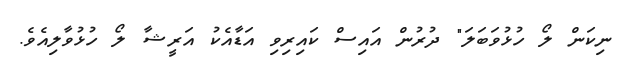
ނިކަން ލޯ ހުޅުވަބަލަ" ދުރުން އައިސް ކައިރިވި އަޑާއެކު އަރީޝާ ލޯ ހުޅުވާލިއެވެ.